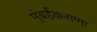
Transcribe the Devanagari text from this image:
मुंबईकराणा